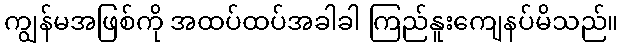
ကျွန်မအဖြစ်ကို အထပ်ထပ်အခါခါ ကြည်နူးကျေနပ်မိသည်။